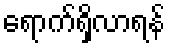
ရောက်ရှိလာရန်